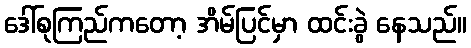
ဒေါ်စုကြည်ကတော့ အိမ်ပြင်မှာ ထင်းခွဲ နေသည်။